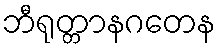
ဘီရုတ္တာနဂတေန